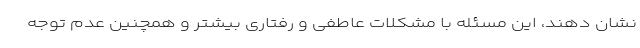
نشان دهند، این مسئله با مشکلات عاطفی و رفتاری بیشتر و همچنین عدم توجه